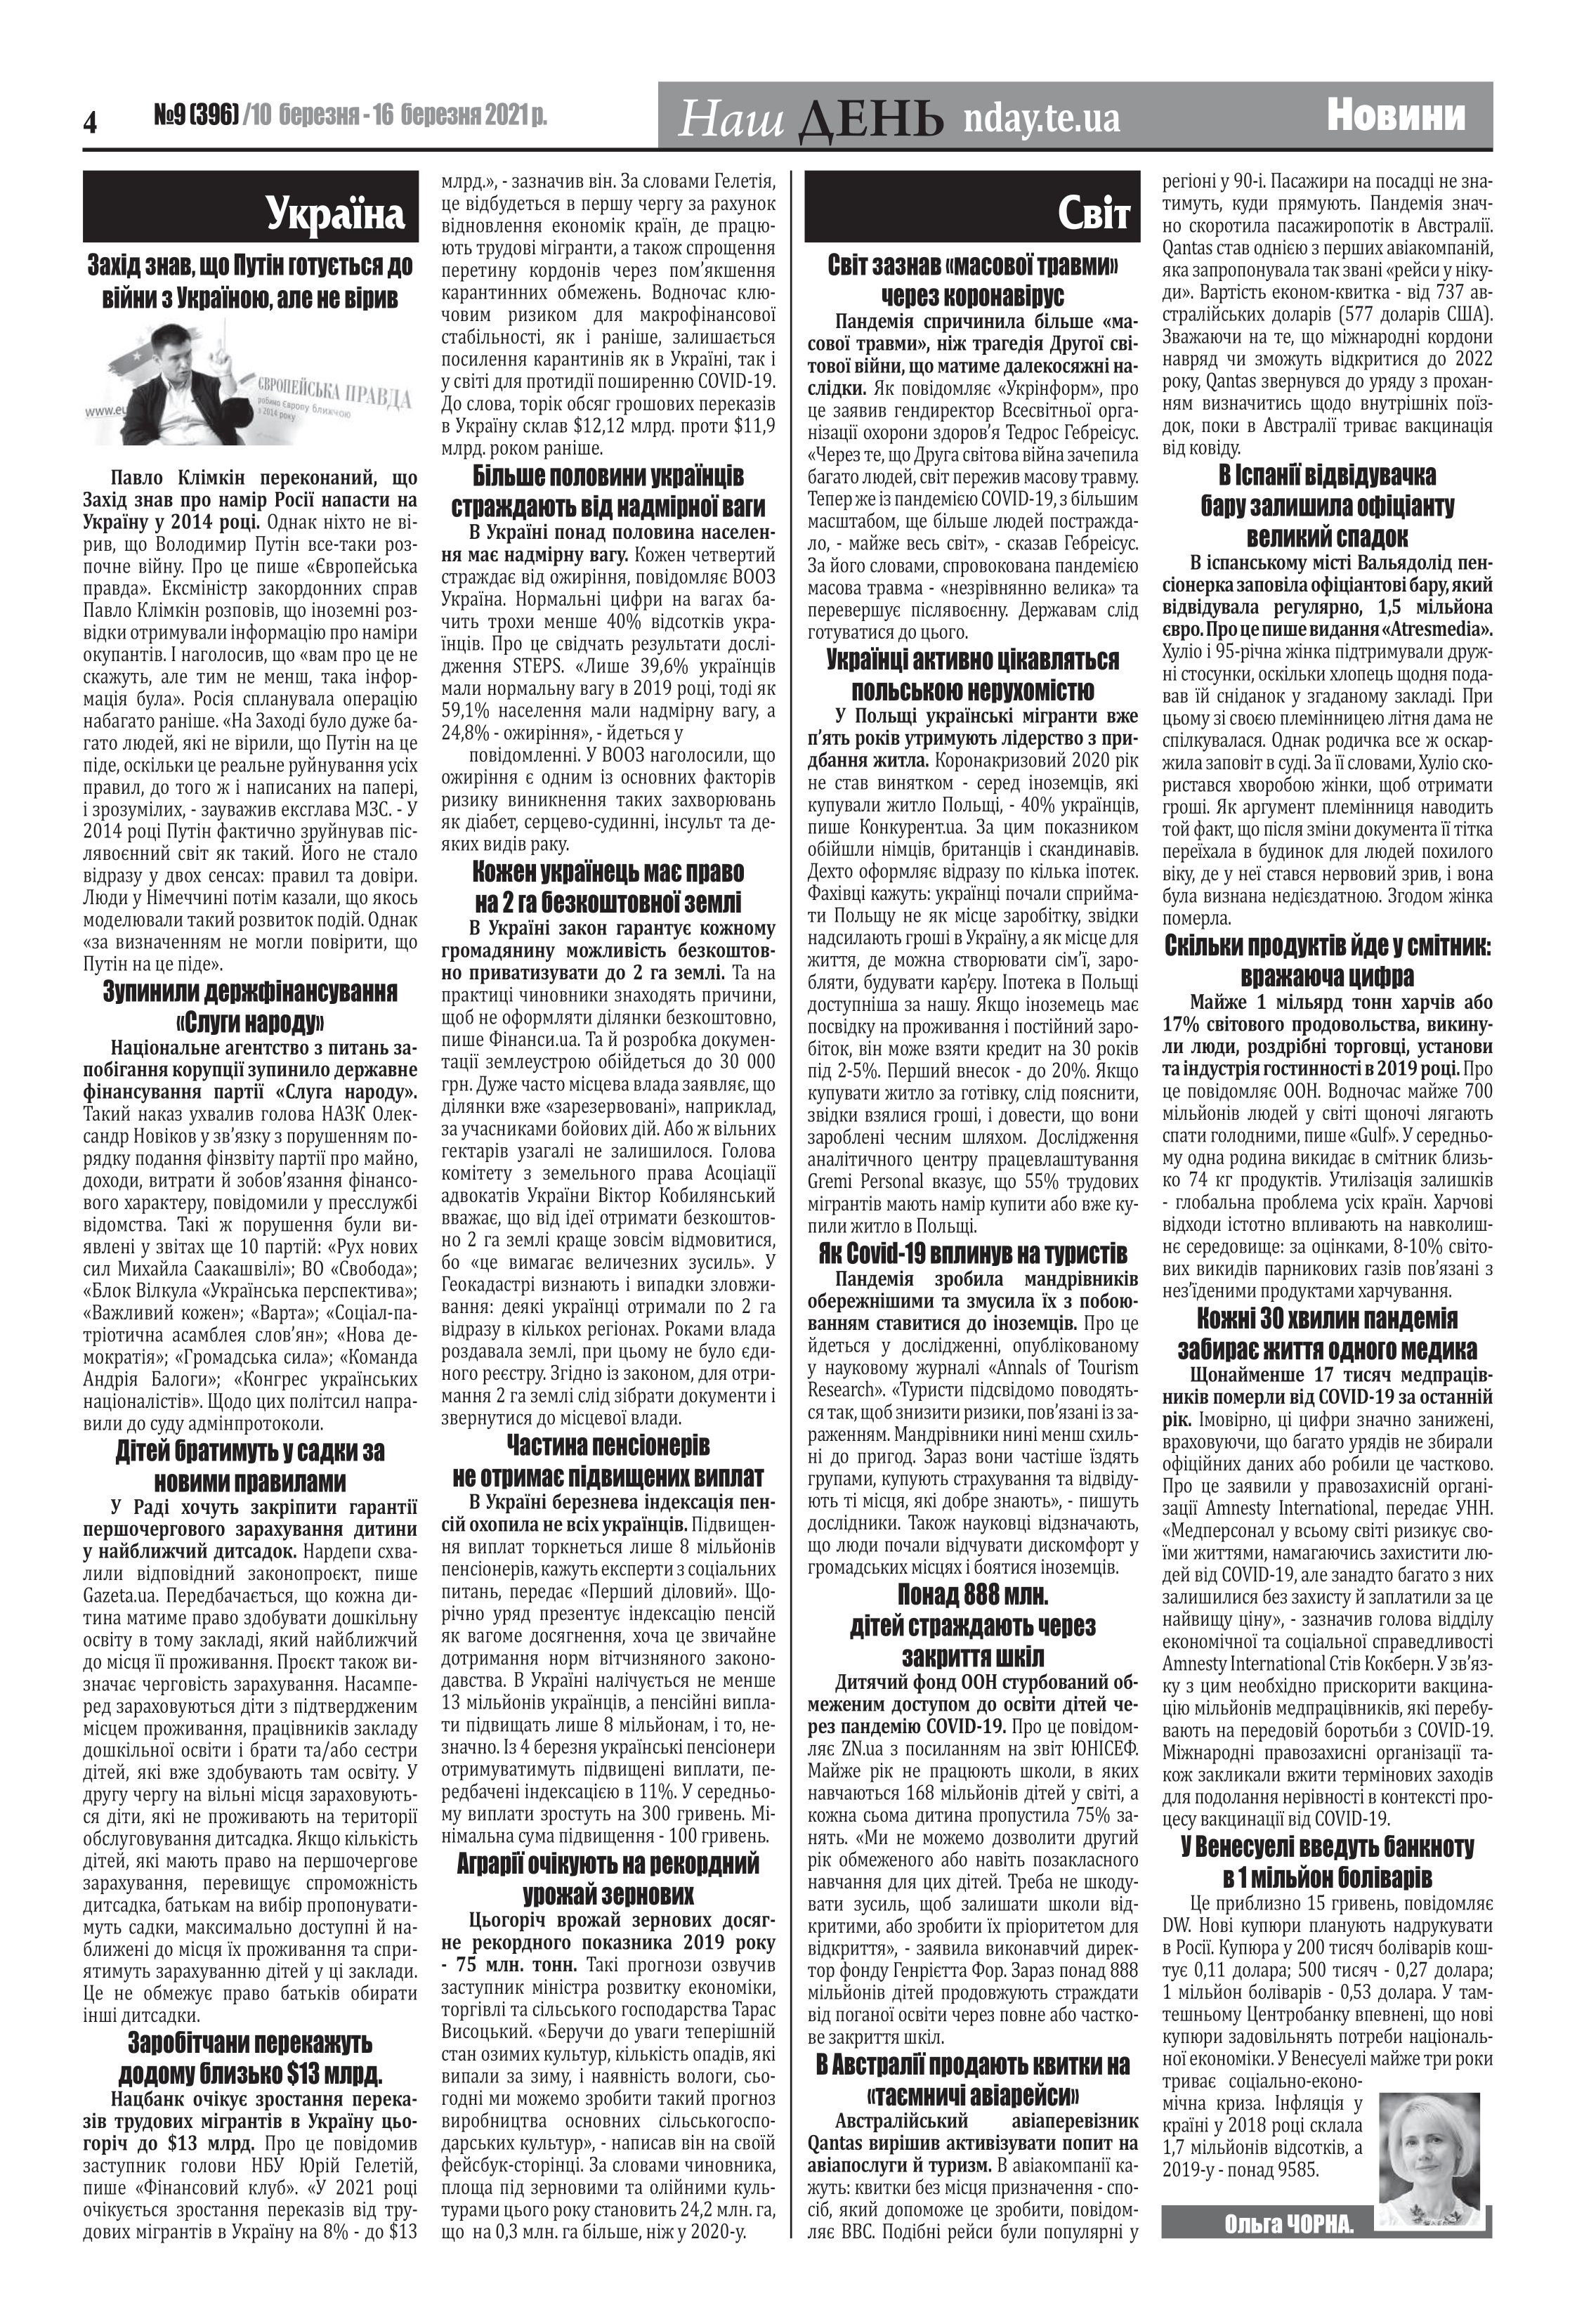
Language: uk